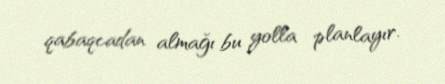
qabaqcadan almağı bu yolla planlayır.